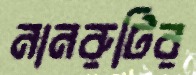
নানরুটির